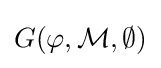
G(\varphi ,{\mathcal {M}},\emptyset )